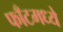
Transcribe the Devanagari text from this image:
फाँटमध्ये